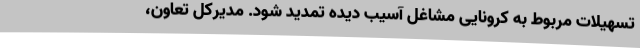
تسهیلات مربوط به کرونایی مشاغل آسیب دیده تمدید شود. مدیرکل تعاون،